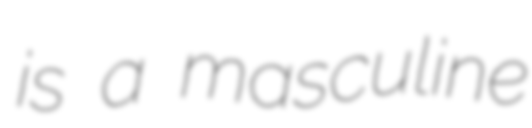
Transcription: is a masculine